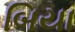
બિયા